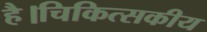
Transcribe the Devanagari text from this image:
है।चिकित्सकीय